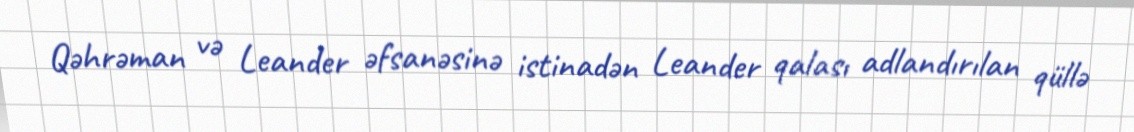
Qəhrəman və Leander əfsanəsinə istinadən Leander qalası adlandırılan qüllə